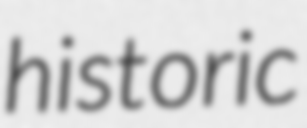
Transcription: historic